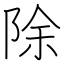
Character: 除